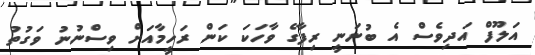
އަލޫފް އަދިވެސް އެ ބުނަނީ ރިފާގެ ވާހަކަ ކަން ރަހީމާއަށް ވިސްނުނު ވަގުތު